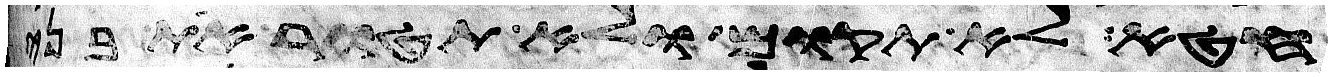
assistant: חטא לא תקום ולא תהטר את בני